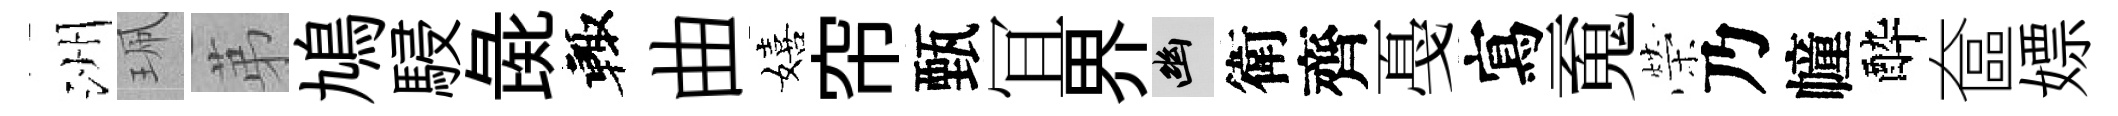
洲珮苐鳩駸彘輙曲嬉帘甄冝界幽衛齊戞寫䰟榮乃幢酔奩嫖